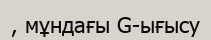
, мұндағы G-ығысу